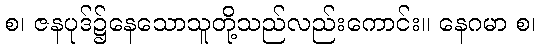
စ၊ ဇနပုဒ်၌နေသောသူတို့သည်လည်းကောင်း။ နေဂမာ စ၊